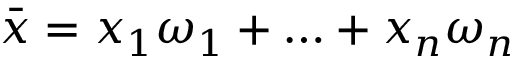
{ \bar { x } } = x _ { 1 } \omega _ { 1 } + \ldots + x _ { n } \omega _ { n }